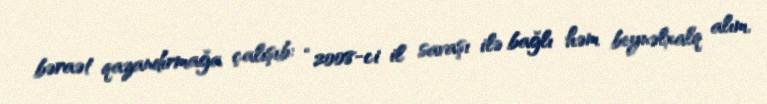
bəraət qazandırmağa çalışıb: “2008-ci il savaşı ilə bağlı həm beynəlxalq alım,